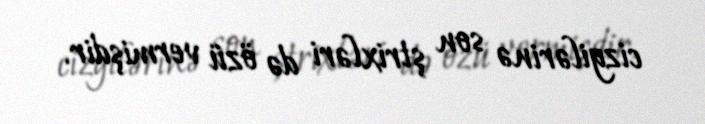
cizgilərinə son ştrixləri də özü vermişdir.